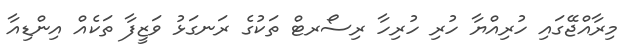
މިރާއްޖޭގައި ހުރިއްޔާ ހުރި ހުރިހާ ރިސޯރޓް ތަކުގެ ރަނގަޅު ވަޒީފާ ތަކެއް އިންޑިއާ